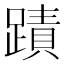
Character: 蹟